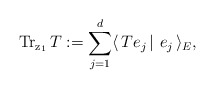
\begin{align*} \mathrm{Tr_{z_1}\,}T:=\sum^d_{j=1}\langle\,Te_j\,|\,\,e_j\,\rangle_{E},\end{align*}